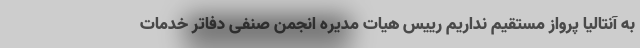
به آنتالیا پرواز مستقیم نداریم رییس هیات مدیره انجمن صنفی دفاتر خدمات